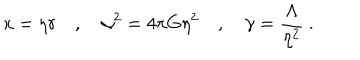
LaTeX: x = \eta r \quad , \quad \alpha ^ { 2 } = 4 \pi G \eta ^ { 2 } \quad , \quad \gamma = \frac { \Lambda } { \eta ^ { 2 } } \ .